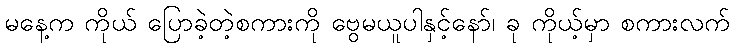
မနေ့က ကိုယ် ပြောခဲ့တဲ့စကားကို ဗွေမယူပါနှင့်နော်၊ ခု ကိုယ့်မှာ စကားလက်